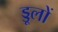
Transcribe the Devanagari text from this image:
ड्डूलों